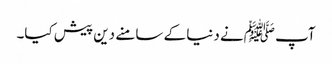
آپ ﷺنے دنیا کے سامنے دین پیش کیا۔